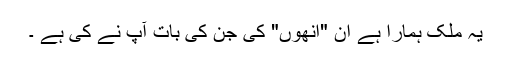
یہ ملک ہمارا ہے اِن "انھوں" کی جن کی بات آپ نے کی ہے ۔